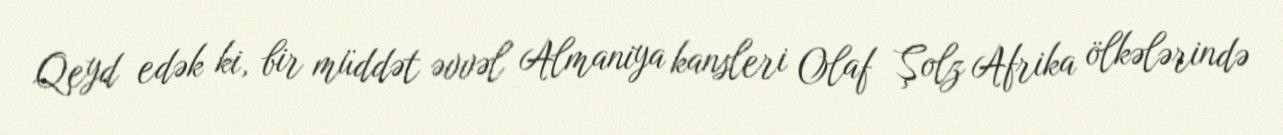
Qeyd edək ki, bir müddət əvvəl Almaniya kansleri Olaf Şolz Afrika ölkələrində